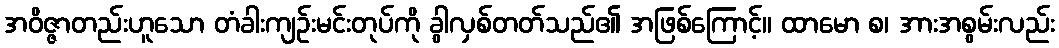
အဝိဇ္ဇာတည်းဟူသော တံခါးကျဉ်းမင်းတုပ်ကို ခွါလှစ်တတ်သည်၏ အဖြစ်ကြောင့်။ ထာမော စ၊ အားအစွမ်းလည်း